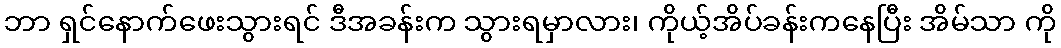
ဘာ ရှင်နောက်ဖေးသွားရင် ဒီအခန်းက သွားရမှာလား၊ ကိုယ့်အိပ်ခန်းကနေပြီး အိမ်သာ ကို